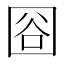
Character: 𱕿